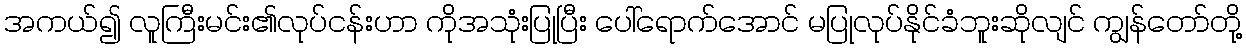
အကယ်၍ လူကြီးမင်း၏လုပ်ငန်းဟာ ကိုအသုံးပြုပြီး ပေါ်ရောက်အောင် မပြုလုပ်နိုင်ခံဘူးဆိုလျင် ကျွန်တော်တို့